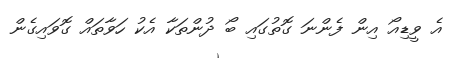
އެ ވީޑިއޯ އިން ފެންނަ ގޮތުގައި ބޯ ދުންތަކާ އެކު ހަވާތައް ގޮވައިގެން